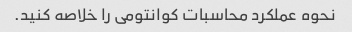
نحوه عملکرد محاسبات کوانتومی را خلاصه کنید.